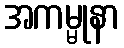
အကမ္မုနာ